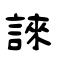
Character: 誺